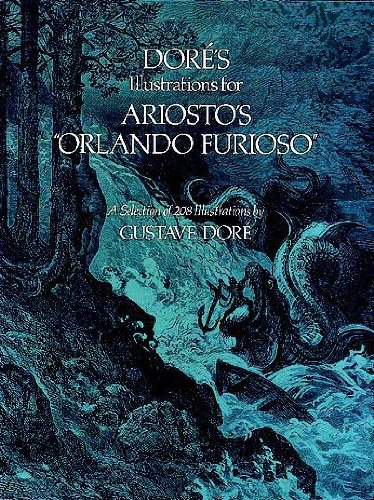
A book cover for DorÃ©'s Illustrations for Ariosto's "Orlando Furioso": A Selection of 208 Illustrations (Dover Fine Art, History of Art); Gustave DorÃ©; Arts & Photography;